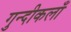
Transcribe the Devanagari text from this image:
गुन्दीकलाँ